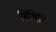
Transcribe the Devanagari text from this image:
सिथिति